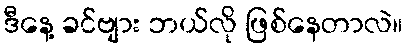
ဒီနေ့ ခင်ဗျား ဘယ်လို ဖြစ်နေတာလဲ။